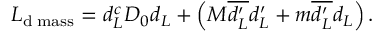
{ \cal L } _ { \mathrm { d } \; \mathrm { m a s s } } = d _ { L } ^ { c } D _ { 0 } d _ { L } + \left( M \overline { { { d _ { L } ^ { \prime } } } } d _ { L } ^ { \prime } + m \overline { { { d _ { L } ^ { \prime } } } } d _ { L } \right) .